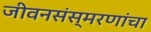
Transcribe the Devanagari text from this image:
जीवनसंस्मरणांचा